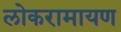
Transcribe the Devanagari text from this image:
लोकरामायण